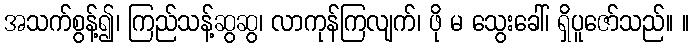
အသက်စွန့်၍၊ ကြည်သန့်ဆွဆွ၊ လာကုန်ကြလျက်၊ ဖို မ သွေးခေါ်၊ ရှိပူဇော်သည်။ ။